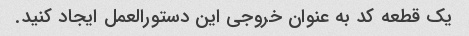
یک قطعه کد به عنوان خروجی این دستورالعمل ایجاد کنید.